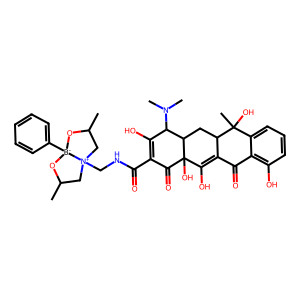
SMILES: CC1C[N+]2(CNC(=O)C3=C(O)C(N(C)C)C4CC5C(=C(O)C4(O)C3=O)C(=O)c3c(O)cccc3C5(C)O)CC(C)O[B-]2(c2ccccc2)O1
Inhibits HIV replication: No